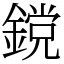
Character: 鎲